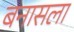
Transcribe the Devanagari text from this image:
बनासला